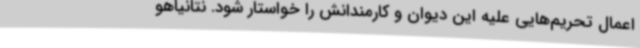
اعمال تحریم‌هایی علیه این دیوان و کارمندانش را خواستار شود. نتانیاهو